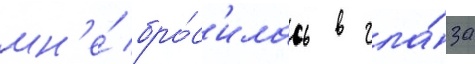
мн'е́ бро́с'илась в гла́за